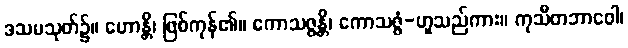
ဒသမသုတ်၌။ ဟောန္တိ၊ ဖြစ်ကုန်၏။ ကောသဇ္ဇန္တိ၊ ကောသဇ္ဇံ-ဟူသည်ကား။ ကုသီတဘာဝေါ၊